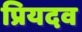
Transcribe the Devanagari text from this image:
प्रियदव